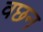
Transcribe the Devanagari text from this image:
वछन